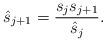
LaTeX: \begin{align*}\hat{s}_{j+1} = \frac{s_{j}s_{j+1}}{\hat{s}_{j}}.\end{align*}